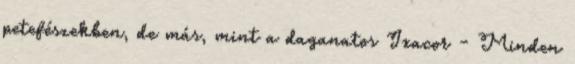
petefészekben, de más, mint a daganatos Ixacor - Minden